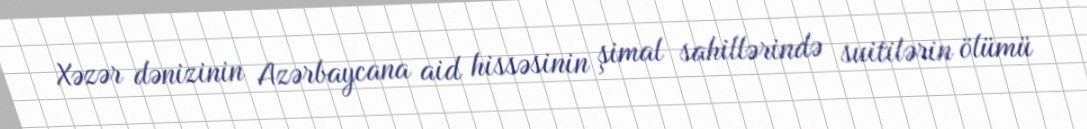
Xəzər dənizinin Azərbaycana aid hissəsinin şimal sahillərində suitilərin ölümü